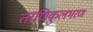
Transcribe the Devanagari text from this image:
तरणिकुलभरण